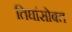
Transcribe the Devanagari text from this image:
तिघांसोबत